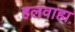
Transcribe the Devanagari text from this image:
हलवाहा